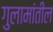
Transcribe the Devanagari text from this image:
गुलामांतील